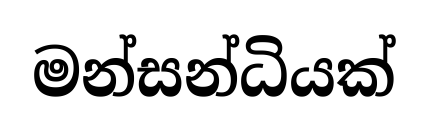
මන්සන්ධියක්